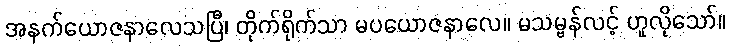
အနက်ယောဇနာလေသပြီ၊ တိုက်ရိုက်သာ မပယောဇနာလေ။ မသမ္ဗန်လင့် ဟူလိုသော်။